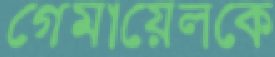
গেমায়েলকে